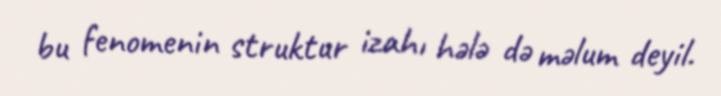
bu fenomenin struktur izahı hələ də məlum deyil.